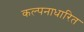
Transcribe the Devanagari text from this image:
कल्पनाधारित